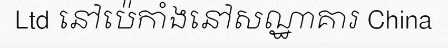
Ltd នៅប៉េកាំងនៅសណ្ឋាគារ China